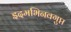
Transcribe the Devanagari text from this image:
इदमभिनवगुप्त